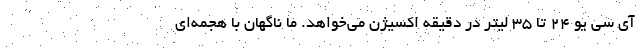
آی سی یو ۲۴ تا ۳۵ لیتر در دقیقه اکسیژن می‌خواهد. ما ناگهان با هجمه‌ای